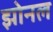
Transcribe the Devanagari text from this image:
झोनल